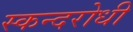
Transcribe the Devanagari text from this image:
स्कन्दरोधी